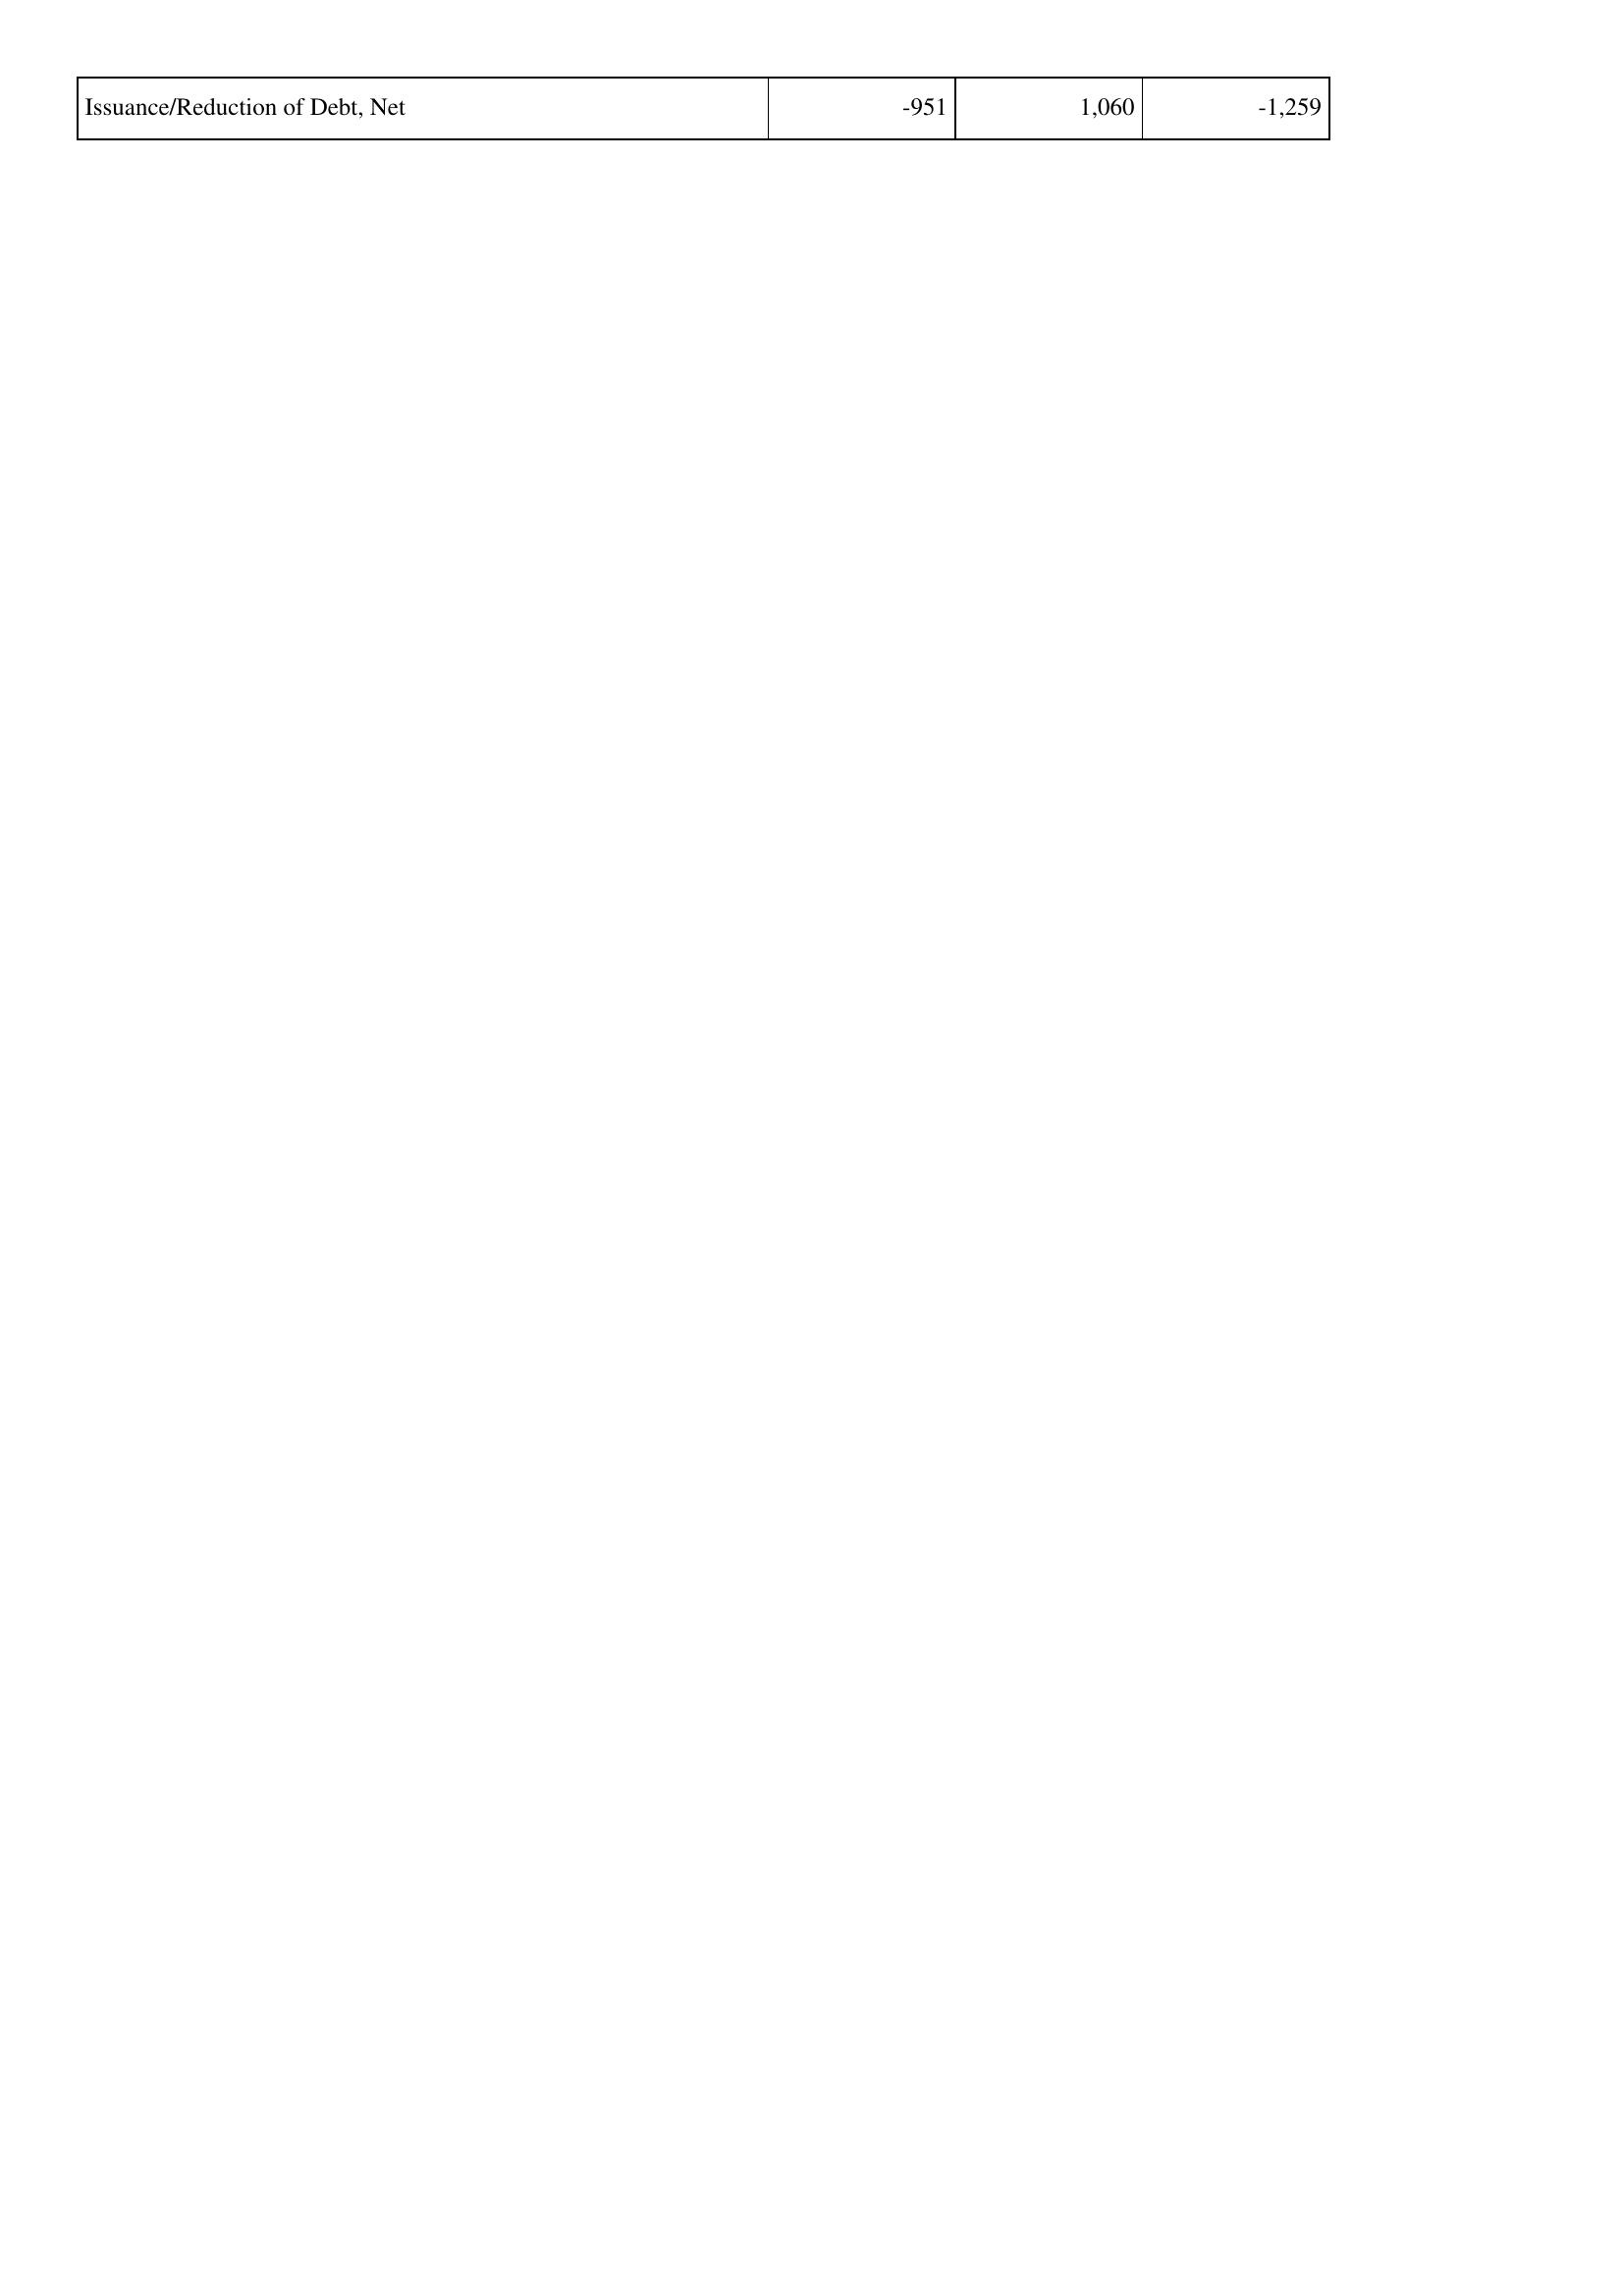
2016: Financing Activities: Issuance/Reduction of Debt, Net: -951
2015: Financing Activities: Issuance/Reduction of Debt, Net: 1,060
2014: Financing Activities: Issuance/Reduction of Debt, Net: -1,259